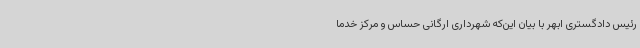
رئیس دادگستری ابهر با بیان این‌که شهرداری ارگانی حساس و مرکز خدما